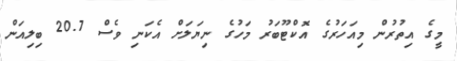
މީގެ އިތުރުން މިއަހަރުގެ އޮކްޓޫބަރު މަހުގެ ނިޔަލަށް އެކަނި ވެސް 20.7 ބިލިއަން